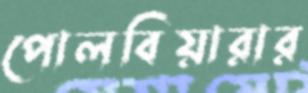
পোলবিয়ারার